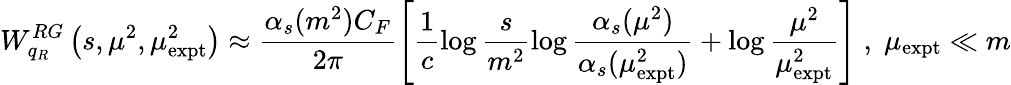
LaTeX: W_{q_{R}}^{RG}\left(s,\mu^{2},\mu_{\mathrm{expt}}^{2}\right)\approx\frac{\alpha_{s}(m^{2})C_{F}}{2\pi}\left[\frac{1}{c}\log\frac{s}{m^{2}}\log\frac{\alpha_{s}(\mu^{2})}{\alpha_{s}(\mu_{\mathrm{expt}}^{2})}+\log\frac{\mu^{2}}{\mu_{\mathrm{expt}}^{2}}\right]\; ,\; \mu_{\mathrm{expt}}\ll m